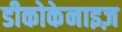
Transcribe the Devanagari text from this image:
डीकोकेनाइज़